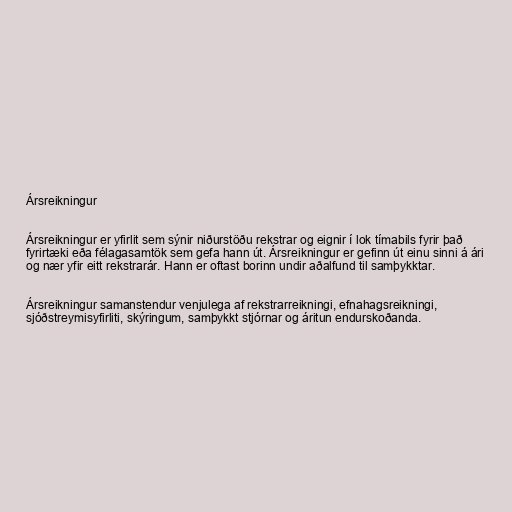
Ársreikningur

Ársreikningur er yfirlit sem sýnir niðurstöðu rekstrar og eignir í lok tímabils fyrir það
fyrirtæki eða félagasamtök sem gefa hann út. Ársreikningur er gefinn út einu sinni á ári
og nær yfir eitt rekstrarár. Hann er oftast borinn undir aðalfund til samþykktar.

Ársreikningur samanstendur venjulega af rekstrarreikningi, efnahagsreikningi,
sjóðstreymisyfirliti, skýringum, samþykkt stjórnar og áritun endurskoðanda.